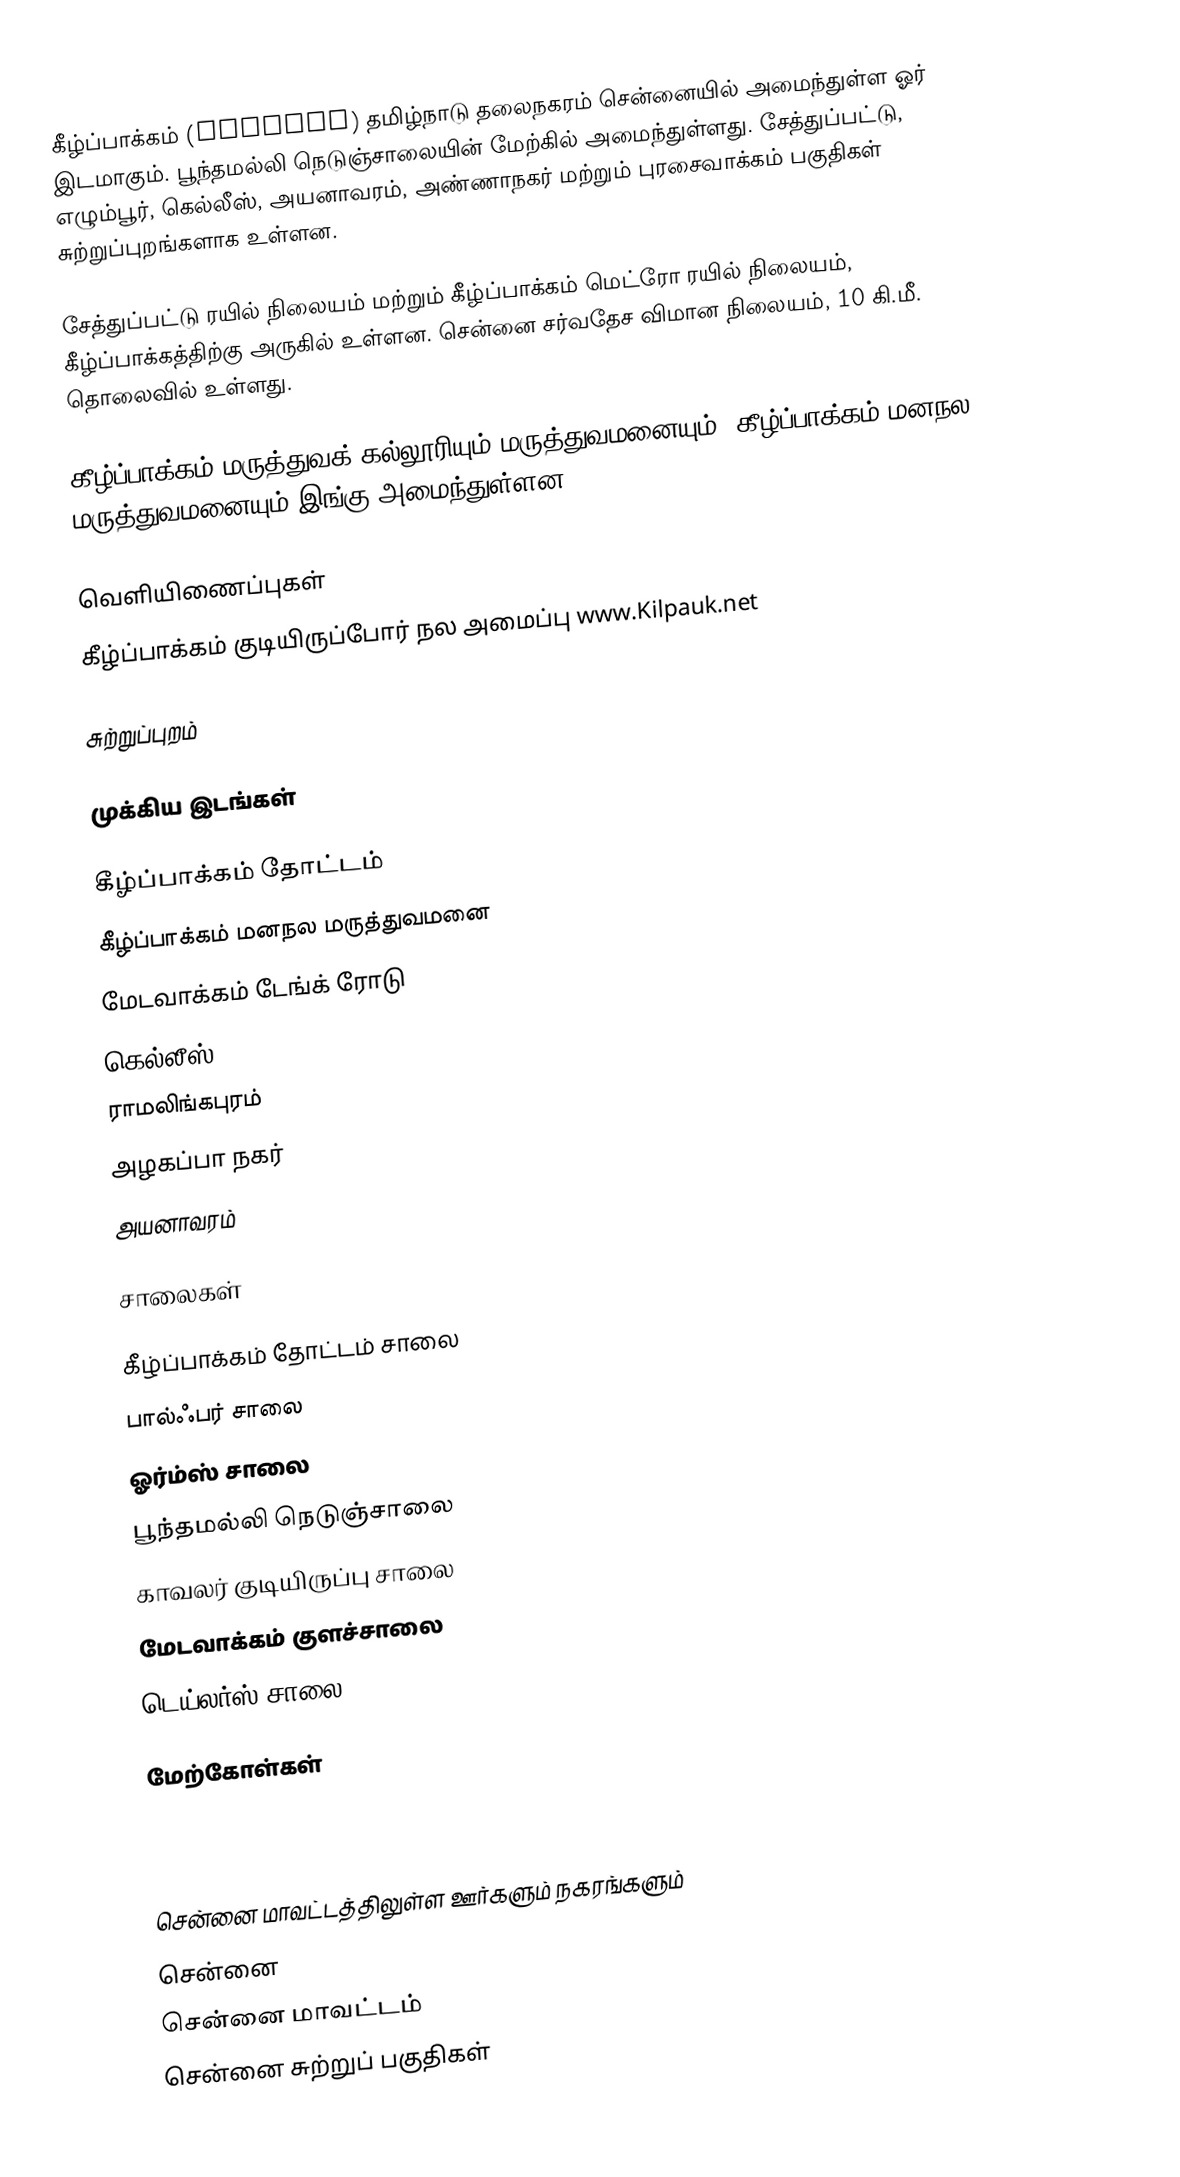
கீழ்ப்பாக்கம் (Kilpauk) தமிழ்நாடு தலைநகரம் சென்னையில் அமைந்துள்ள ஓர் இடமாகும்.  பூந்தமல்லி நெடுஞ்சாலையின் மேற்கில் அமைந்துள்ளது. சேத்துப்பட்டு, எழும்பூர், கெல்லீஸ், அயனாவரம்,  அண்ணாநகர் மற்றும் புரசைவாக்கம் பகுதிகள் சுற்றுப்புறங்களாக உள்ளன.

சேத்துப்பட்டு ரயில் நிலையம் மற்றும் கீழ்ப்பாக்கம் மெட்ரோ ரயில் நிலையம், கீழ்ப்பாக்கத்திற்கு அருகில் உள்ளன. சென்னை சர்வதேச விமான நிலையம், 10 கி.மீ. தொலைவில் உள்ளது.

கீழ்ப்பாக்கம் மருத்துவக் கல்லூரியும் மருத்துவமனையும், கீழ்ப்பாக்கம் மனநல மருத்துவமனையும் இங்கு அமைந்துள்ளன.

வெளியிணைப்புகள்
கீழ்ப்பாக்கம் குடியிருப்போர் நல அமைப்பு www.Kilpauk.net

சுற்றுப்புறம்

முக்கிய இடங்கள்

 கீழ்ப்பாக்கம் தோட்டம்
 கீழ்ப்பாக்கம் மனநல மருத்துவமனை
 மேடவாக்கம் டேங்க் ரோடு
 கெல்லீஸ்
 ராமலிங்கபுரம்
 அழகப்பா நகர்
 அயனாவரம்

சாலைகள்

 கீழ்ப்பாக்கம் தோட்டம் சாலை
 பால்ஃபர் சாலை
 ஓர்ம்ஸ் சாலை
 பூந்தமல்லி நெடுஞ்சாலை
 காவலர் குடியிருப்பு சாலை
 மேடவாக்கம் குளச்சாலை
 டெய்லர்ஸ் சாலை

மேற்கோள்கள்



சென்னை மாவட்டத்திலுள்ள ஊர்களும் நகரங்களும்
சென்னை
சென்னை மாவட்டம்
சென்னை சுற்றுப் பகுதிகள்